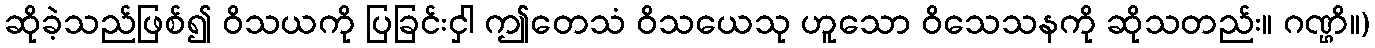
ဆိုခဲ့သည်ဖြစ်၍ ဝိသယကို ပြခြင်းငှါ ဤတေသံ ဝိသယေသု ဟူသော ဝိသေသနကို ဆိုသတည်း။ ဂဏ္ဌိ။)